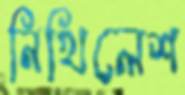
নিখিলেশ